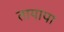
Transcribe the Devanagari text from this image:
तायापा